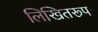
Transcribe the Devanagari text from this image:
लिखितरूप